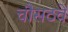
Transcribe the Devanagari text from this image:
चौसठवें